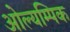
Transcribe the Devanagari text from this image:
ओल्यम्पिक